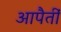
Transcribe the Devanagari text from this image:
आपैतीं